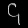
Digit: ၄